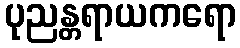
ပုညန္တရာယကရော